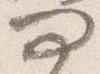
問